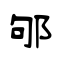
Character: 邭